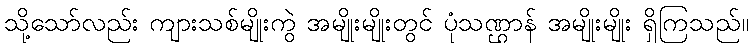
သို့သော်လည်း ကျားသစ်မျိုးကွဲ အမျိုးမျိုးတွင် ပုံသဏ္ဌာန် အမျိုးမျိုး ရှိကြသည်။